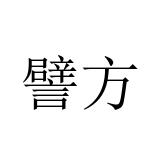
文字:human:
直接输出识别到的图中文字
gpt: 譬方